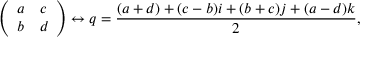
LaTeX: { \left( \begin{array} { l l } { a } & { c } \\ { b } & { d } \end{array} \right) } \leftrightarrow q = { \frac { ( a + d ) + ( c - b ) i + ( b + c ) j + ( a - d ) k } { 2 } } ,